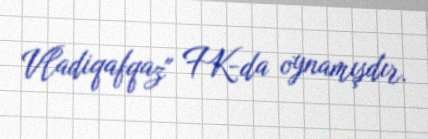
Vladiqafqaz" FK-da oynamışdır.